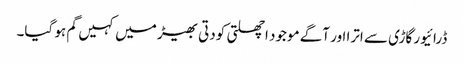
ڈرائیور گاڑی سے اترا اور آگے موجود اچھلتی کودتی بھیڑ میں کہیں گم ہو گیا۔